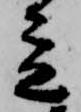
立